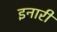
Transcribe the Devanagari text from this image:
इनारी